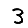
Digit: 3